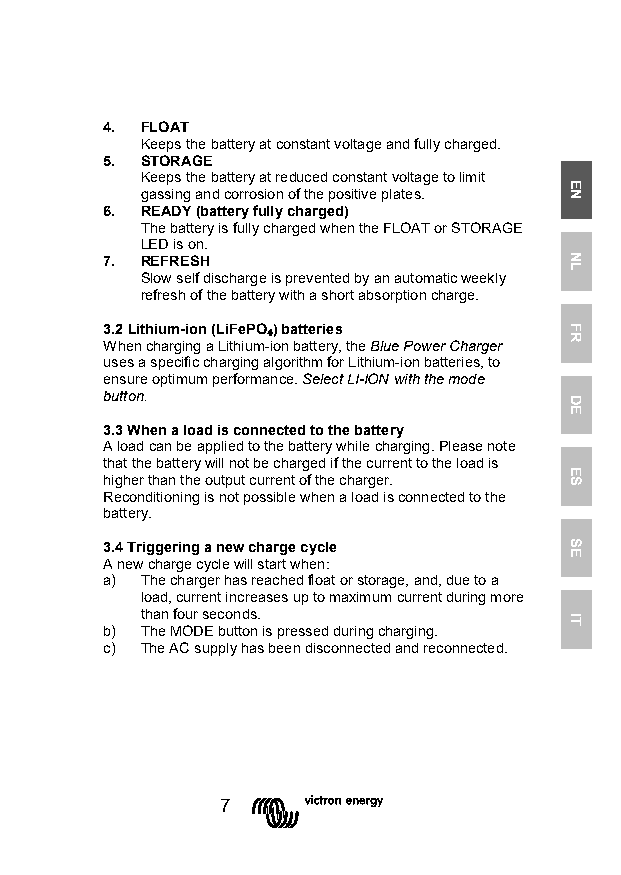
4. FLOAT
 Keeps the battery at constant voltage and fully charged.
 5. STORAGE
 Keeps the battery at reduced constant voltage to limit
 gassing and corrosion of the positive plates.
 6. READY (battery fully charged)
 The battery is fully charged when the FLOAT or STORAGE
 LED is on.
 7. REFRESH
 Slow self discharge is prevented by an automatic weekly
 refresh of the battery with a short absorption charge.
 3.2 Lithium-ion (LiFePO) batteries
 When charging a Lithium-ion battery, the Blue Power Charger
 uses a specific charging a₄lgorithm for Lithium-ion batteries, to
 ensure optimum performance. Select LI-ION with the mode
 button.
 3.3 When a load is connected to the battery
 A load can be applied to the battery while charging. Please note
 that the battery will not be charged if the current to the load is
 higher than the output current of the charger.
 Reconditioning is not possible when a load is connected to the
 battery.
 3.4 Triggering a new charge cycle
 A new charge cycle will start when:
 a) The charger has reached float or storage, and, due to a
 load, current increases up to maximum current during more
 than four seconds.
 b) The MODE button is pressed during charging.
 c) The AC supply has been disconnected and reconnected.
 7
 EN
 NL
 FR
 DE
 ES
 SE
 IT